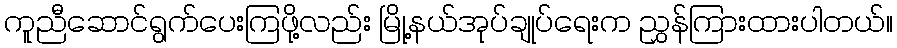
ကူညီဆောင်ရွက်ပေးကြဖို့လည်း မြို့နယ်အုပ်ချုပ်ရေးက ညွှန်ကြားထားပါတယ်။